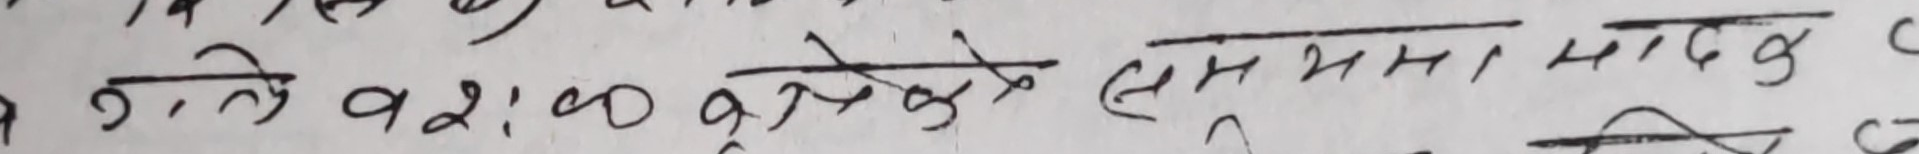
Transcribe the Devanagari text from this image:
२ गते १२:०० बजेको समयमा मादक